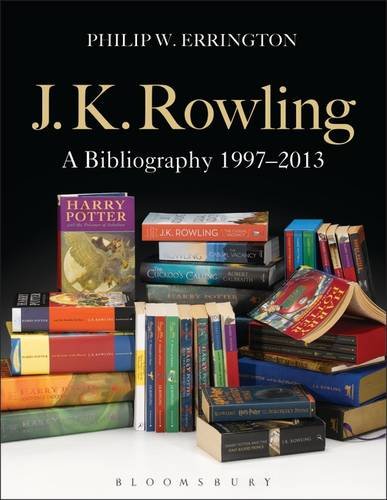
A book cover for J.K. Rowling: A Bibliography 1997-2013; Philip W. Errington; Literature & Fiction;